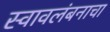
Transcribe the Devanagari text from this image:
स्वावलंबनाचा